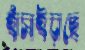
হাঁসাইয়াছে